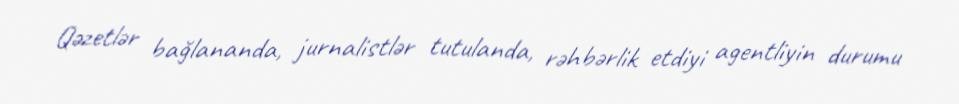
Qəzetlər bağlananda, jurnalistlər tutulanda, rəhbərlik etdiyi agentliyin durumu